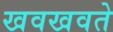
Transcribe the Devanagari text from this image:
खवखवते